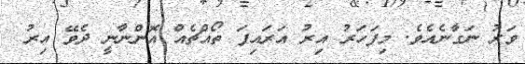
ވަރު ނަގާނެއެވެ. މިފަހަރު އިރު އަރައިފަ ތޯއްޗެއް އޮންނާނީ ދެވޭ އިރު